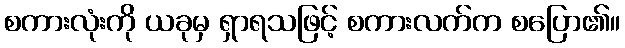
စကားလုံးကို ယခုမှ ရှာရသဖြင့် စကားလက်က စပြော၏။